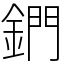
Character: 鍆